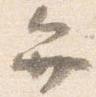
弁